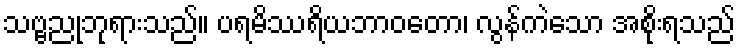
သဗ္ဗညုဘုရားသည်။ ပရမိဿရိယဘာဝတော၊ လွန်ကဲသော အစိုးရသည်